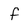
Character: f